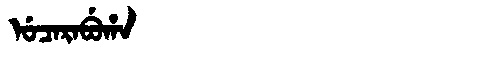
Manchu: ᡠᠴᠠᡵᠠᠪᡠᡥᠠ
Romanization: UCARABUHA